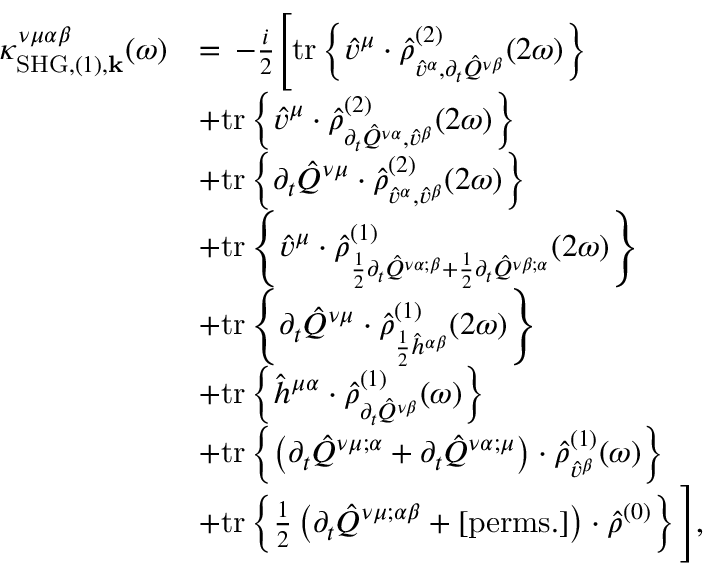
\begin{array} { r l } { \kappa _ { \mathrm { S H G } , ( 1 ) , \mathbf { k } } ^ { \nu \mu \alpha \beta } ( \omega ) } & { = \, - \frac { i } { 2 } \Bigg [ \mathrm { t r } \left\{ \hat { v } ^ { \mu } \cdot \hat { \rho } _ { \hat { v } ^ { \alpha } , \partial _ { t } \hat { Q } ^ { \nu \beta } } ^ { ( 2 ) } ( 2 \omega ) \right\} } \\ & { + \mathrm { t r } \left\{ \hat { v } ^ { \mu } \cdot \hat { \rho } _ { \partial _ { t } \hat { Q } ^ { \nu \alpha } , \hat { v } ^ { \beta } } ^ { ( 2 ) } ( 2 \omega ) \right\} } \\ & { + \mathrm { t r } \left\{ \partial _ { t } \hat { Q } ^ { \nu \mu } \cdot \hat { \rho } _ { \hat { v } ^ { \alpha } , \hat { v } ^ { \beta } } ^ { ( 2 ) } ( 2 \omega ) \right\} } \\ & { + \mathrm { t r } \left\{ \hat { v } ^ { \mu } \cdot \hat { \rho } _ { \frac { 1 } { 2 } \partial _ { t } \hat { Q } ^ { \nu \alpha ; \beta } + \frac { 1 } { 2 } \partial _ { t } \hat { Q } ^ { \nu \beta ; \alpha } } ^ { ( 1 ) } ( 2 \omega ) \right\} } \\ & { + \mathrm { t r } \left\{ \partial _ { t } \hat { Q } ^ { \nu \mu } \cdot \hat { \rho } _ { \frac { 1 } { 2 } \hat { h } ^ { \alpha \beta } } ^ { ( 1 ) } ( 2 \omega ) \right\} } \\ & { + \mathrm { t r } \left\{ \hat { h } ^ { \mu \alpha } \cdot \hat { \rho } _ { \partial _ { t } \hat { Q } ^ { \nu \beta } } ^ { ( 1 ) } ( \omega ) \right\} } \\ & { + \mathrm { t r } \left\{ \left( \partial _ { t } \hat { Q } ^ { \nu \mu ; \alpha } + \partial _ { t } \hat { Q } ^ { \nu \alpha ; \mu } \right) \cdot \hat { \rho } _ { \hat { v } ^ { \beta } } ^ { ( 1 ) } ( \omega ) \right\} } \\ & { + \mathrm { t r } \left\{ \frac { 1 } { 2 } \left( \partial _ { t } \hat { Q } ^ { \nu \mu ; \alpha \beta } + \mathrm { [ p e r m s . ] } \right) \cdot \hat { \rho } ^ { ( 0 ) } \right\} \Bigg ] \mathrm { , } } \end{array}